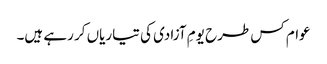
عوام کس طرح یومِ آزادی کی تیاریاں کر رہے ہیں۔